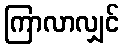
ကြာလာလျှင်